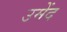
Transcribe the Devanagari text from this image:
उमेंद